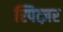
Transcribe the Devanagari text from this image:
स्पित्ज़र